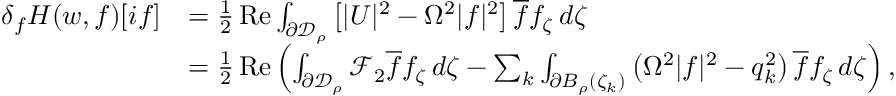
\begin{array} { r l } { \delta _ { f } H ( w , f ) [ i f ] } & { = \frac 1 2 \operatorname { R e } \int _ { \partial \mathcal { D } _ { \rho } } \left[ | U | ^ { 2 } - \Omega ^ { 2 } | f | ^ { 2 } \right] \overline { f } f _ { \zeta } \, d \zeta } \\ & { = \frac 1 2 \operatorname { R e } \left( \int _ { \partial \mathcal { D } _ { \rho } } \mathcal { F } _ { 2 } \overline { f } f _ { \zeta } \, d \zeta - \sum _ { k } \int _ { \partial B _ { \rho } ( \zeta _ { k } ) } \left( \Omega ^ { 2 } | f | ^ { 2 } - q _ { k } ^ { 2 } \right) \overline { f } f _ { \zeta } \, d \zeta \right) , } \end{array}